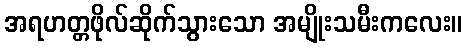
အရဟတ္တဖိုလ်ဆိုက်သွားသော အမျိုးသမီးကလေး။